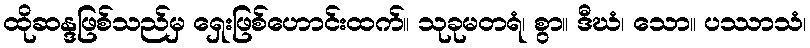
ထိုဆန္ဒဖြစ်သည်မှ ရှေးဖြစ်ဟောင်းထက်။ သုခုမတရံ၊ စွာ။ ဒီဃံ၊ သော။ ပဿာသံ၊